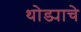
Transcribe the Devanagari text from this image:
थोड्याचे